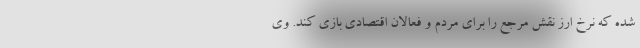
شده که نرخ ارز نقش مرجع را برای مردم و فعالان اقتصادی بازی کند. وی